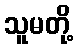
သူမတို့